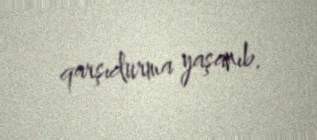
qarşıdurma yaşanıb.